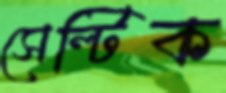
সেল্টিক